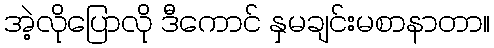
အဲ့လိုပြောလို ဒီကောင် နှမချင်းမစာနာတာ။